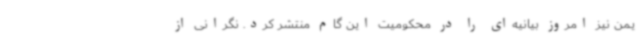
یمن نیز امروز بیانیه‌ای را در محکومیت این گام منتشر کرد. نگرانی از